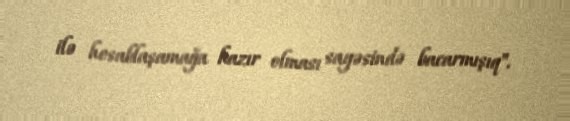
ilə hesablaşamağa hazır olması sayəsində bacarmışıq".